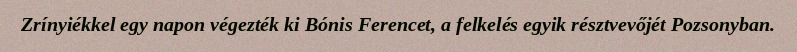
Zrínyiékkel egy napon végezték ki Bónis Ferencet, a felkelés egyik résztvevőjét Pozsonyban.